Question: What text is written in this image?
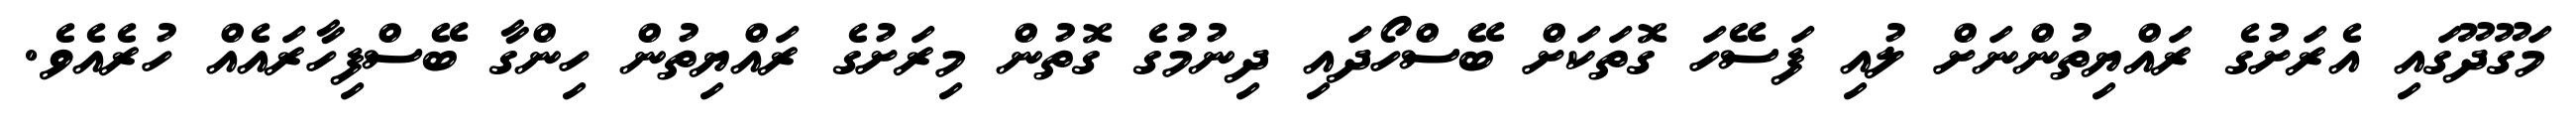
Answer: މަގޫދޫގައި އެރަށުގެ ރައްޔިތުންނަށް ލުއި ފަސޭހަ ގޮތަކަށް ބޭސްހޯދައި ދިނުމުގެ ގޮތުން މިރަށުގެ ރައްޔިތުން ހިންގާ ބޭސްފިހާރައެއް ހުރެއެވެ.